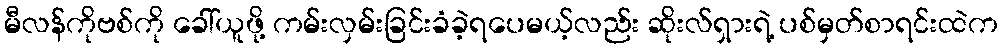
မီလန်ကိုဗစ်ကို ခေါ်ယူဖို့ ကမ်းလှမ်းခြင်းခံခဲ့ရပေမယ့်လည်း ဆိုးလ်ရှားရဲ့ ပစ်မှတ်စာရင်းထဲက